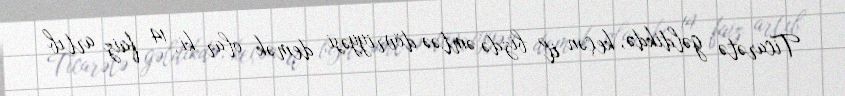
Ticarətə gəldikdə, keçən il bizdə əmtəə dövriyyəsi demək olar ki, 14 faiz artıb